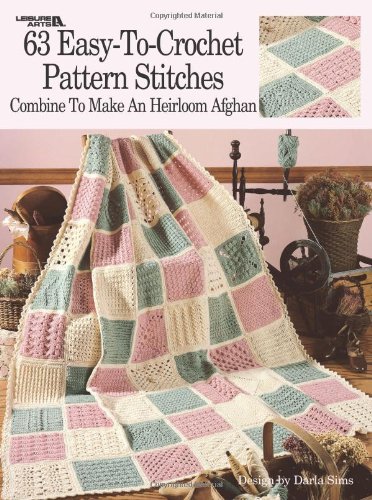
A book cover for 63 Easy-To-Crochet Pattern Stitches Combine To Make An Heirloom Afghan  (Leisure Arts #555); Darla Sims; Crafts, Hobbies & Home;